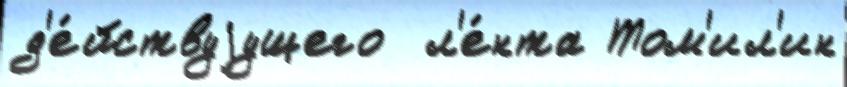
д'е́йствуjущего  л'е́нта Том'ил'ин